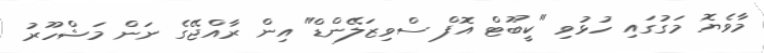
މާވެޔޮ މަގުގައި ހުޅުވި "ކީބޫޓް އޮފް ސްވިޒަލޭންޑް" އިން ރާއްޖޭގެ ނަން މަޝްހޫރު